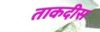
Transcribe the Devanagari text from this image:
ताकदीस